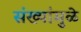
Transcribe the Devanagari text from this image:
संख्यांमुळे